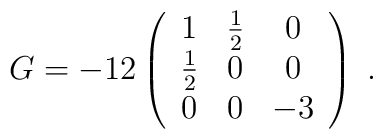
G=-12 \left(      \begin{array}{ccc}      1  & \frac{1}{2} & 0  \\      \frac{1}{2} & 0  & 0  \\      0  & 0           & -3 \\      \end{array}      \right)\; .